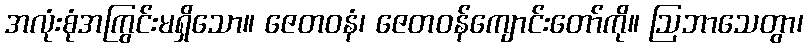
အလုံးစုံအကြွင်းမရှိသော။ ဇေတဝနံ၊ ဇေတဝန်ကျောင်းတော်ကို။ ဩဘာသေတွာ၊